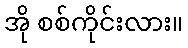
အို စစ်ကိုင်းလား။